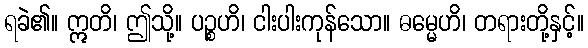
ရခဲ၏။ ဣတိ၊ ဤသို့။ ပဉ္စဟိ၊ ငါးပါးကုန်သော။ ဓမ္မေဟိ၊ တရားတို့နှင့်။